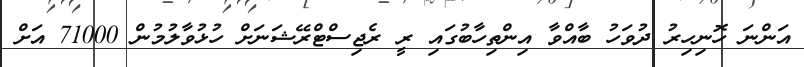
އަންނަ ހޮނިހިރު ދުވަހު ބާއްވާ އިންތިހާބުގައި ރީ ރެޖިސްޓްރޭޝަނަށް ހުޅުވާލުމުން 71000 އަށް